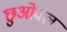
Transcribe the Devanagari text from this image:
छुओवल